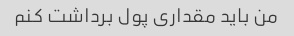
من باید مقداری پول برداشت کنم